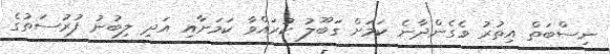
ނިސްބަތް އިތުރު ވެގެންދާނެ ކަމަށް ގަބޫލު ކުރައްވާ ކަމަށާއި އަދި ލިބުނު ފުރުސަތުގެ